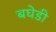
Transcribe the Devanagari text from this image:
बघेडी